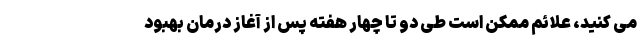
می کنید، علائم ممکن است طی دو تا چهار هفته پس از آغاز درمان بهبود